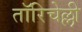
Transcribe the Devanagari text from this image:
तॉरिचेल्ली